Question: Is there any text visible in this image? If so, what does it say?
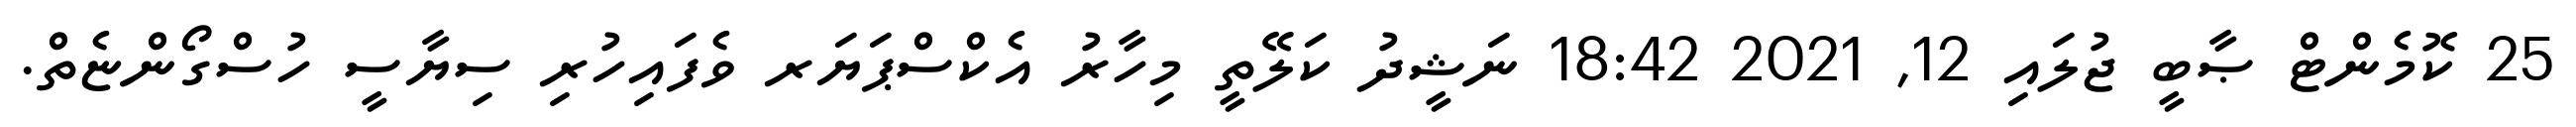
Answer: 25 ކޮމެންޓް ޞާބީ ޖުލައި 12, 2021 18:42 ނަޝީދު ކަލޭތީ މިހާރު އެކްސްޕަޔަރ ވެފައިހުރި ސިޔާސީ ހުސްގޯންޏެތް.